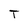
Character: T